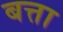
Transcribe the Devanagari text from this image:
बत्ता